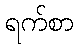
ရက်စာ